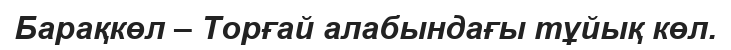
Барақкөл – Торғай алабындағы тұйық көл.